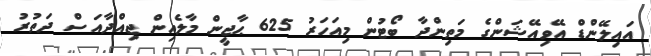
އައިލޭންޑް އޭވިއޭޝަންގެ މަތިންދާ ބޯޓުން މިއަހަރު 625 ޙާޖީން މާލެއިން ޖިއްދާއަސް ދަތުރު